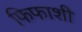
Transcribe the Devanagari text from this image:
फिफाशी